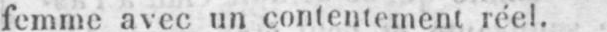
femme avec un contentement réel.